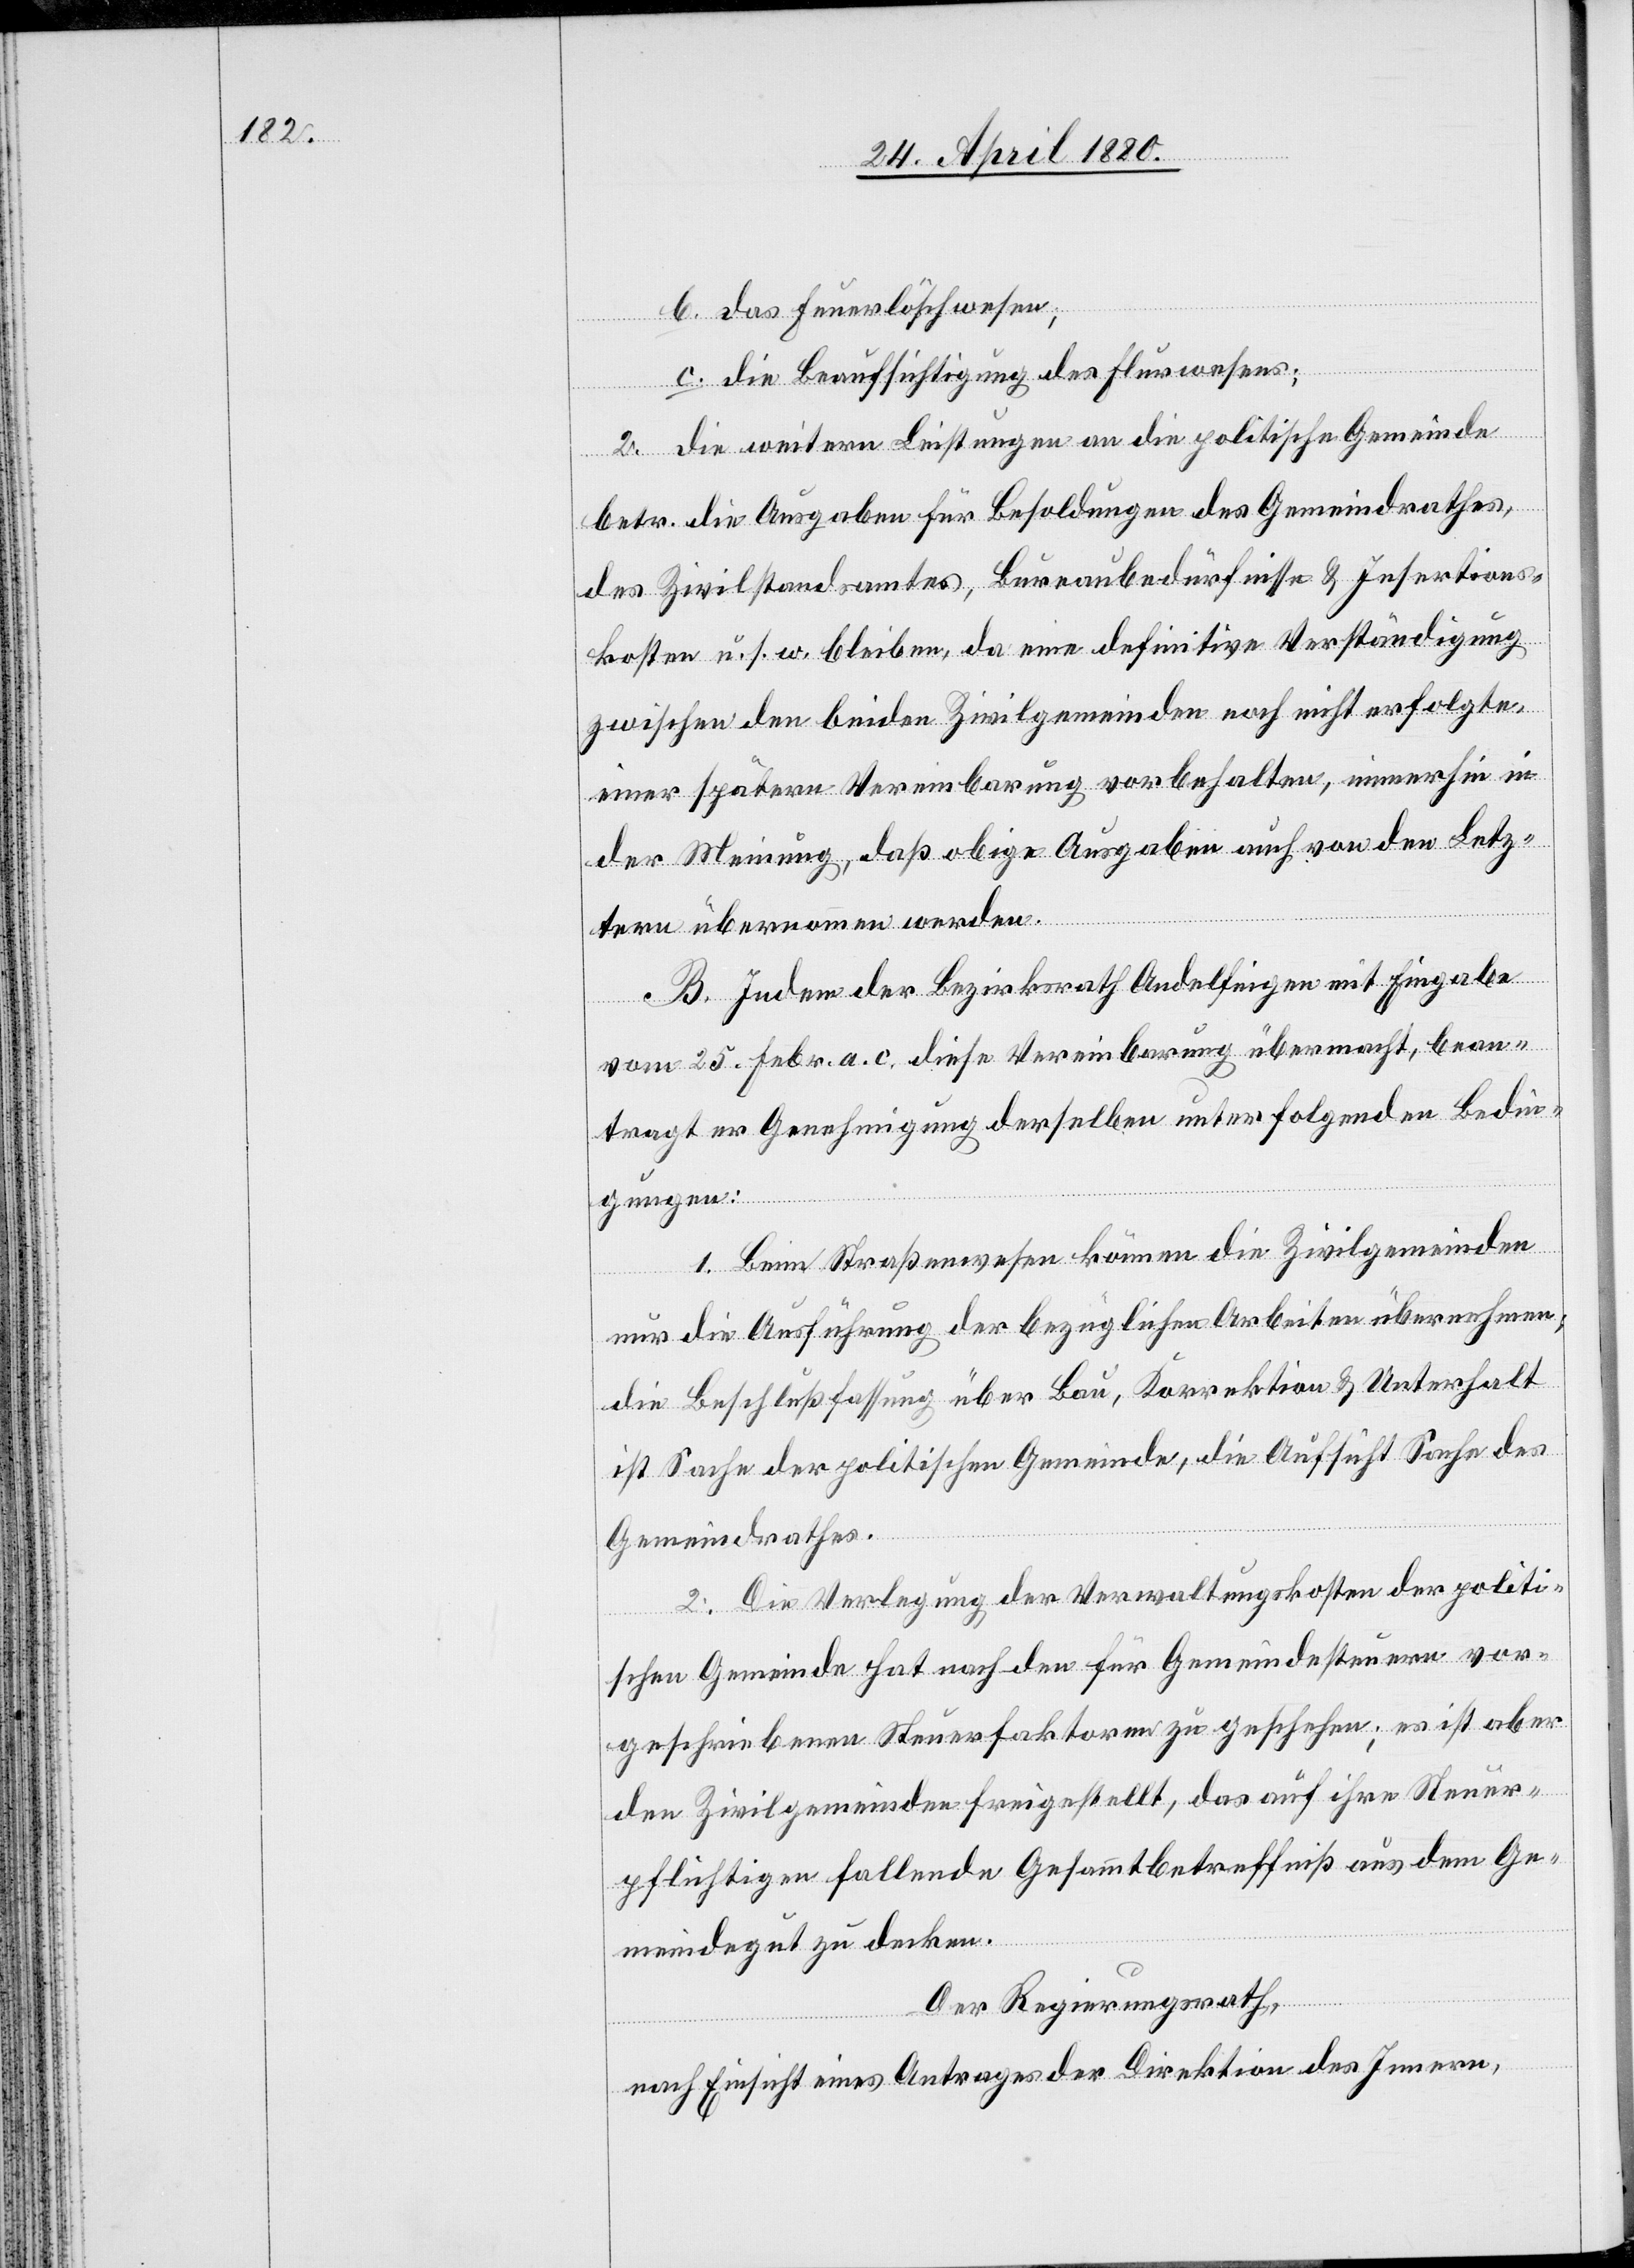
b. das Feuerlöschwesen;
c. die Beaufsichtigung des Flurwesens;
2. die weitern Leistungen an die politische Gemeinde
betr. die Ausgaben für Besoldungen des Gemeindrathes,
des Zivilstandsamtes, Bureaubedürfnisse & Insertions¬
kosten u. s. w. bleiben, da eine definitive Verständigung
zwischen den beiden Zivilgemeinden noch nicht erfolgte,
einer spätern Vereinbarung vorbehalten, immerhin in
der Meinung, daß obige Ausgaben auch von den Letz¬
tern übernommen werden.
B. Indem der Bezirksrath Andelfingen mit Eingabe
vom 25. Febr. a. c. diese Vereinbarung übermacht, bean¬
tragt er Genehmigung derselben unter folgenden Bedin¬
gungen:
1. Beim Straßenwesen können die Zivilgemeinden
nur die Ausführung der bezüglichen Arbeiten übernehmen;
die Beschlußfassung über Bau, Korrektion & Unterhalt
ist Sache der politischen Gemeinden, die Aufsicht Sache des
Gemeindrathes.
2. Die Verlegung der Verwaltungskosten der politi¬
schen Gemeinde hat nach den für Gemeindesteuern vor¬
geschriebenen Steuerfaktoren zu geschehen; es ist aber
den Zivilgemeinden freigestellt, das auf ihre Steuer¬
pflichtigen fallende Gesammtbetreffniß aus dem Ge¬
meindegut zu decken.
Der Regierungsrath,
nach Einsicht eines Antrages der Direktion des Innern,